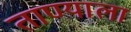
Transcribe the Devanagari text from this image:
ताण्याला